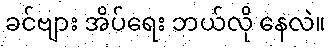
ခင်ဗျား အိပ်ရေး ဘယ်လို နေလဲ။